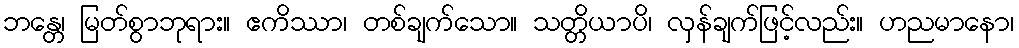
ဘန္တေ၊ မြတ်စွာဘုရား။ ဧကိဿာ၊ တစ်ချက်သော။ သတ္တိယာပိ၊ လှန်ချက်ဖြင့်လည်း။ ဟညမာနော၊